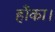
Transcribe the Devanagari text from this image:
हाँका।